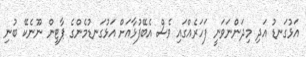
އަޅުގަނޑު އަދި މިދަންނަވަނީ ފަހަރެއްގައި ވެސް އެބޭފުޅާއަށް އަޅުގަނޑުމެންގެ ޕާޓީން ނޫނެކޭ ބުނި